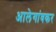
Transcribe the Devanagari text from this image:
आलेगांवकर